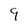
Character: 9